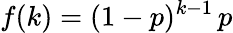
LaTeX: f(k)=(1-p)^{k-1}\, p